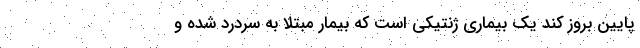
پایین بروز کند یک بیماری ژنتیکی است که بیمار مبتلا به سردرد شده و